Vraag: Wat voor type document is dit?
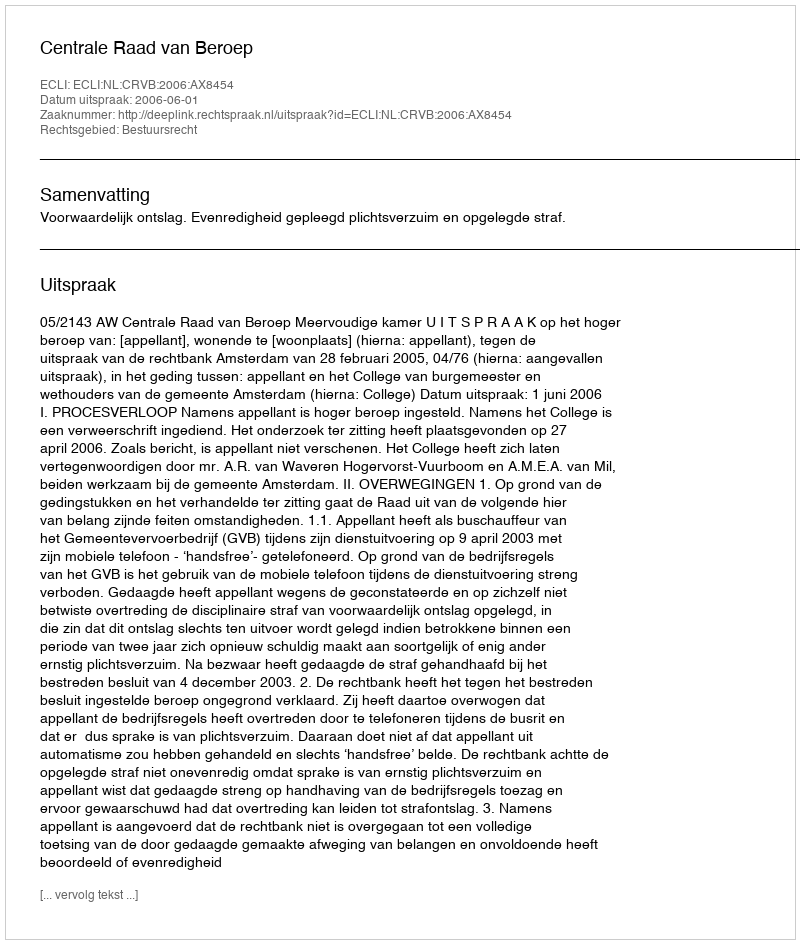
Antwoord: Uitspraak